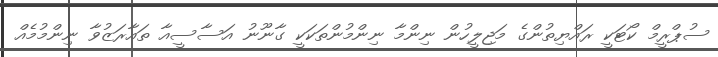
ސުޕްރީމް ކޯޓަކީ ރައްޔިތުންގެ މަޖިލީހުން ނިންމާ ނިންމުންތަކަކީ ގާނޫނު އަސާސީއާ ތައާރަޒުވާ ނިންމުމެއް